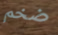
ضخم